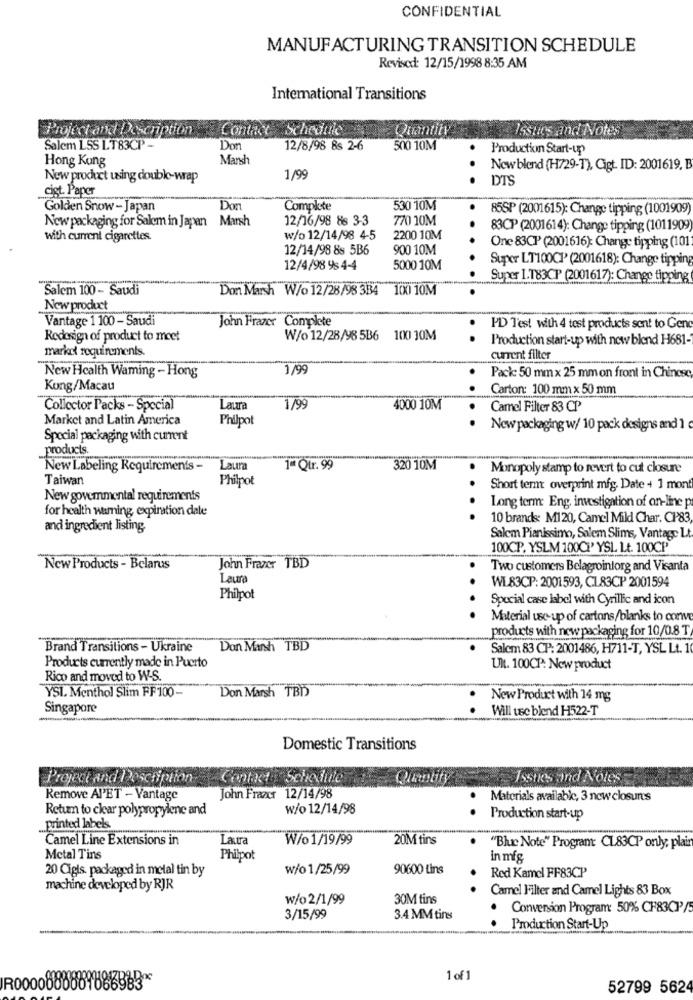
CONFIDENTIAL
MANUFACTURING TRANSITION SCHEDULE
Revised: 12/15/1998 8:35 AM
International Transitions
Project and Description
Contact Schedule
Quantity
Issues and Notes
Salem LSS LT83CP -
Don
12/8/98 8s 2-6
500 10M
Production Start-up
Hong Kong
Marsh
New blend (H729-T), Cigt. ID: 2001619, B
New product using double-wrap
1/99
.. .
DTS
cigt. Paper
Don
Golden Snow - Japan
Complete
530 10M
85SP (2001615): Change tipping (1001909)
Now packaging for Salem in Japan Marsh
12/16/98 88 3-3
770 10M
83CP (2001614): Change tipping (1011909)
with current cigarettes
w/o 12/14/98 4-5
2200 10M
..
12/14/98 8s 5B6
900 10M
One 83CP (2001616): Change tipping (101
Super LT100CP (2001618): Change tipping
12/4/98 98 4-4
5000 10M
Super I.T83CP (2001617): Change tipping
Salem 100 - Saudi
Don Marsh W/o 12/28/98 334 100 10M
New product
Vantage 1 100 - Saudi
John Frazer Complete
PD T'est with 4 test products sent to Gen
Redosign of product to meet
W/o 12/28/98 5B6 100 30M
.
Production start-up with new blend H681-
markol requirements.
current filter
1/99
New Health Waming - Hong
Pack: 50 mm x 25 mm on front in Chinese,
Kong/Macau
Carton: 100 mm x 50 mm
Collector Packs - Special
Laura
1/99
4000 10M
Camel Filter 83 CP
Market and Latin America
Philpot
New packaging w/ 10 pack designs and 1
Special packaging with current
products.
-
New Labeling Requirements -
Laura
1ª Qtr. 99
320 10M
Monopoly stamp to revert to cut closure
Taiwan
Philpot
Short termt overprint mfg. Date + 1 mont
New govemmental requirements
for health naming, expiration date
Long term: Eng, investigation of on-line p
....
10 brands: M120, Camel Mild Char. CP83
and ingredient listing.
Salem Pianissimo, Salem Slims, Vantage Lt
100CP. YSLM 100CP YSL Lt. 100CP
New Products - Belarus
John Frazer TBD
Two customers Belagrointorg and Visanta
Laura
WL83CP: 2001593, CL83CP 2001594
Philpot
..
Special case label with Cyrillic and icon
Material use-up of cartons/blanks to conve
products with new packaging for 10/0.8 T
Brand Transitions - Ukraine
Don Marsh TBD
Salem 83 CP: 2001486, H711-T, YSL Lt. 1
Products currently made in Puerto
Ult. 100CP: New product
Rico and moved to W-S.
Don Marsh TBD
YSI. Menthol Slim FF100-
New Product with 14 mg
Singapore
Will te blend H522-T
Domestic Transitions
Project and Description
Contact Schedule
Quantity
Issues and Notes
Remove APET - Vantage
John Frazcr 12/14/98
Materials available, 3 new closuns
Retum to clear polypropylene and
w/o 12/14/98
Production start-up
.printed labels.
Camel Line Extensions in
Laura
W/o 1/19/99
20M tins
""Blue Note" Program: CL83CP only, plain
Metal Tins
Philpot
In mig
20 Cigis packaged in metal tin by
w/o 1/25/99
90600 tins
Red Kamel FF83CP
machine developed by RJR
Camel Filter and Camel Lights 83 Box
w/o 2/1/99
30M tins
Conversion Program: 50% CF83CP/5
3/15/99
3.4 MM tins
Production Start-Up
1 of 1
R0000880889886983*
52799 5624